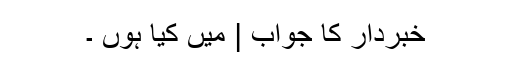
خبردار کا جواب | میں کیا ہوں ۔